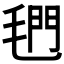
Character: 𰚣